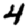
Digit: 4